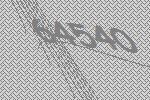
64540